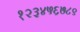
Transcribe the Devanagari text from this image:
१२३४५६७८९